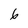
Character: 6